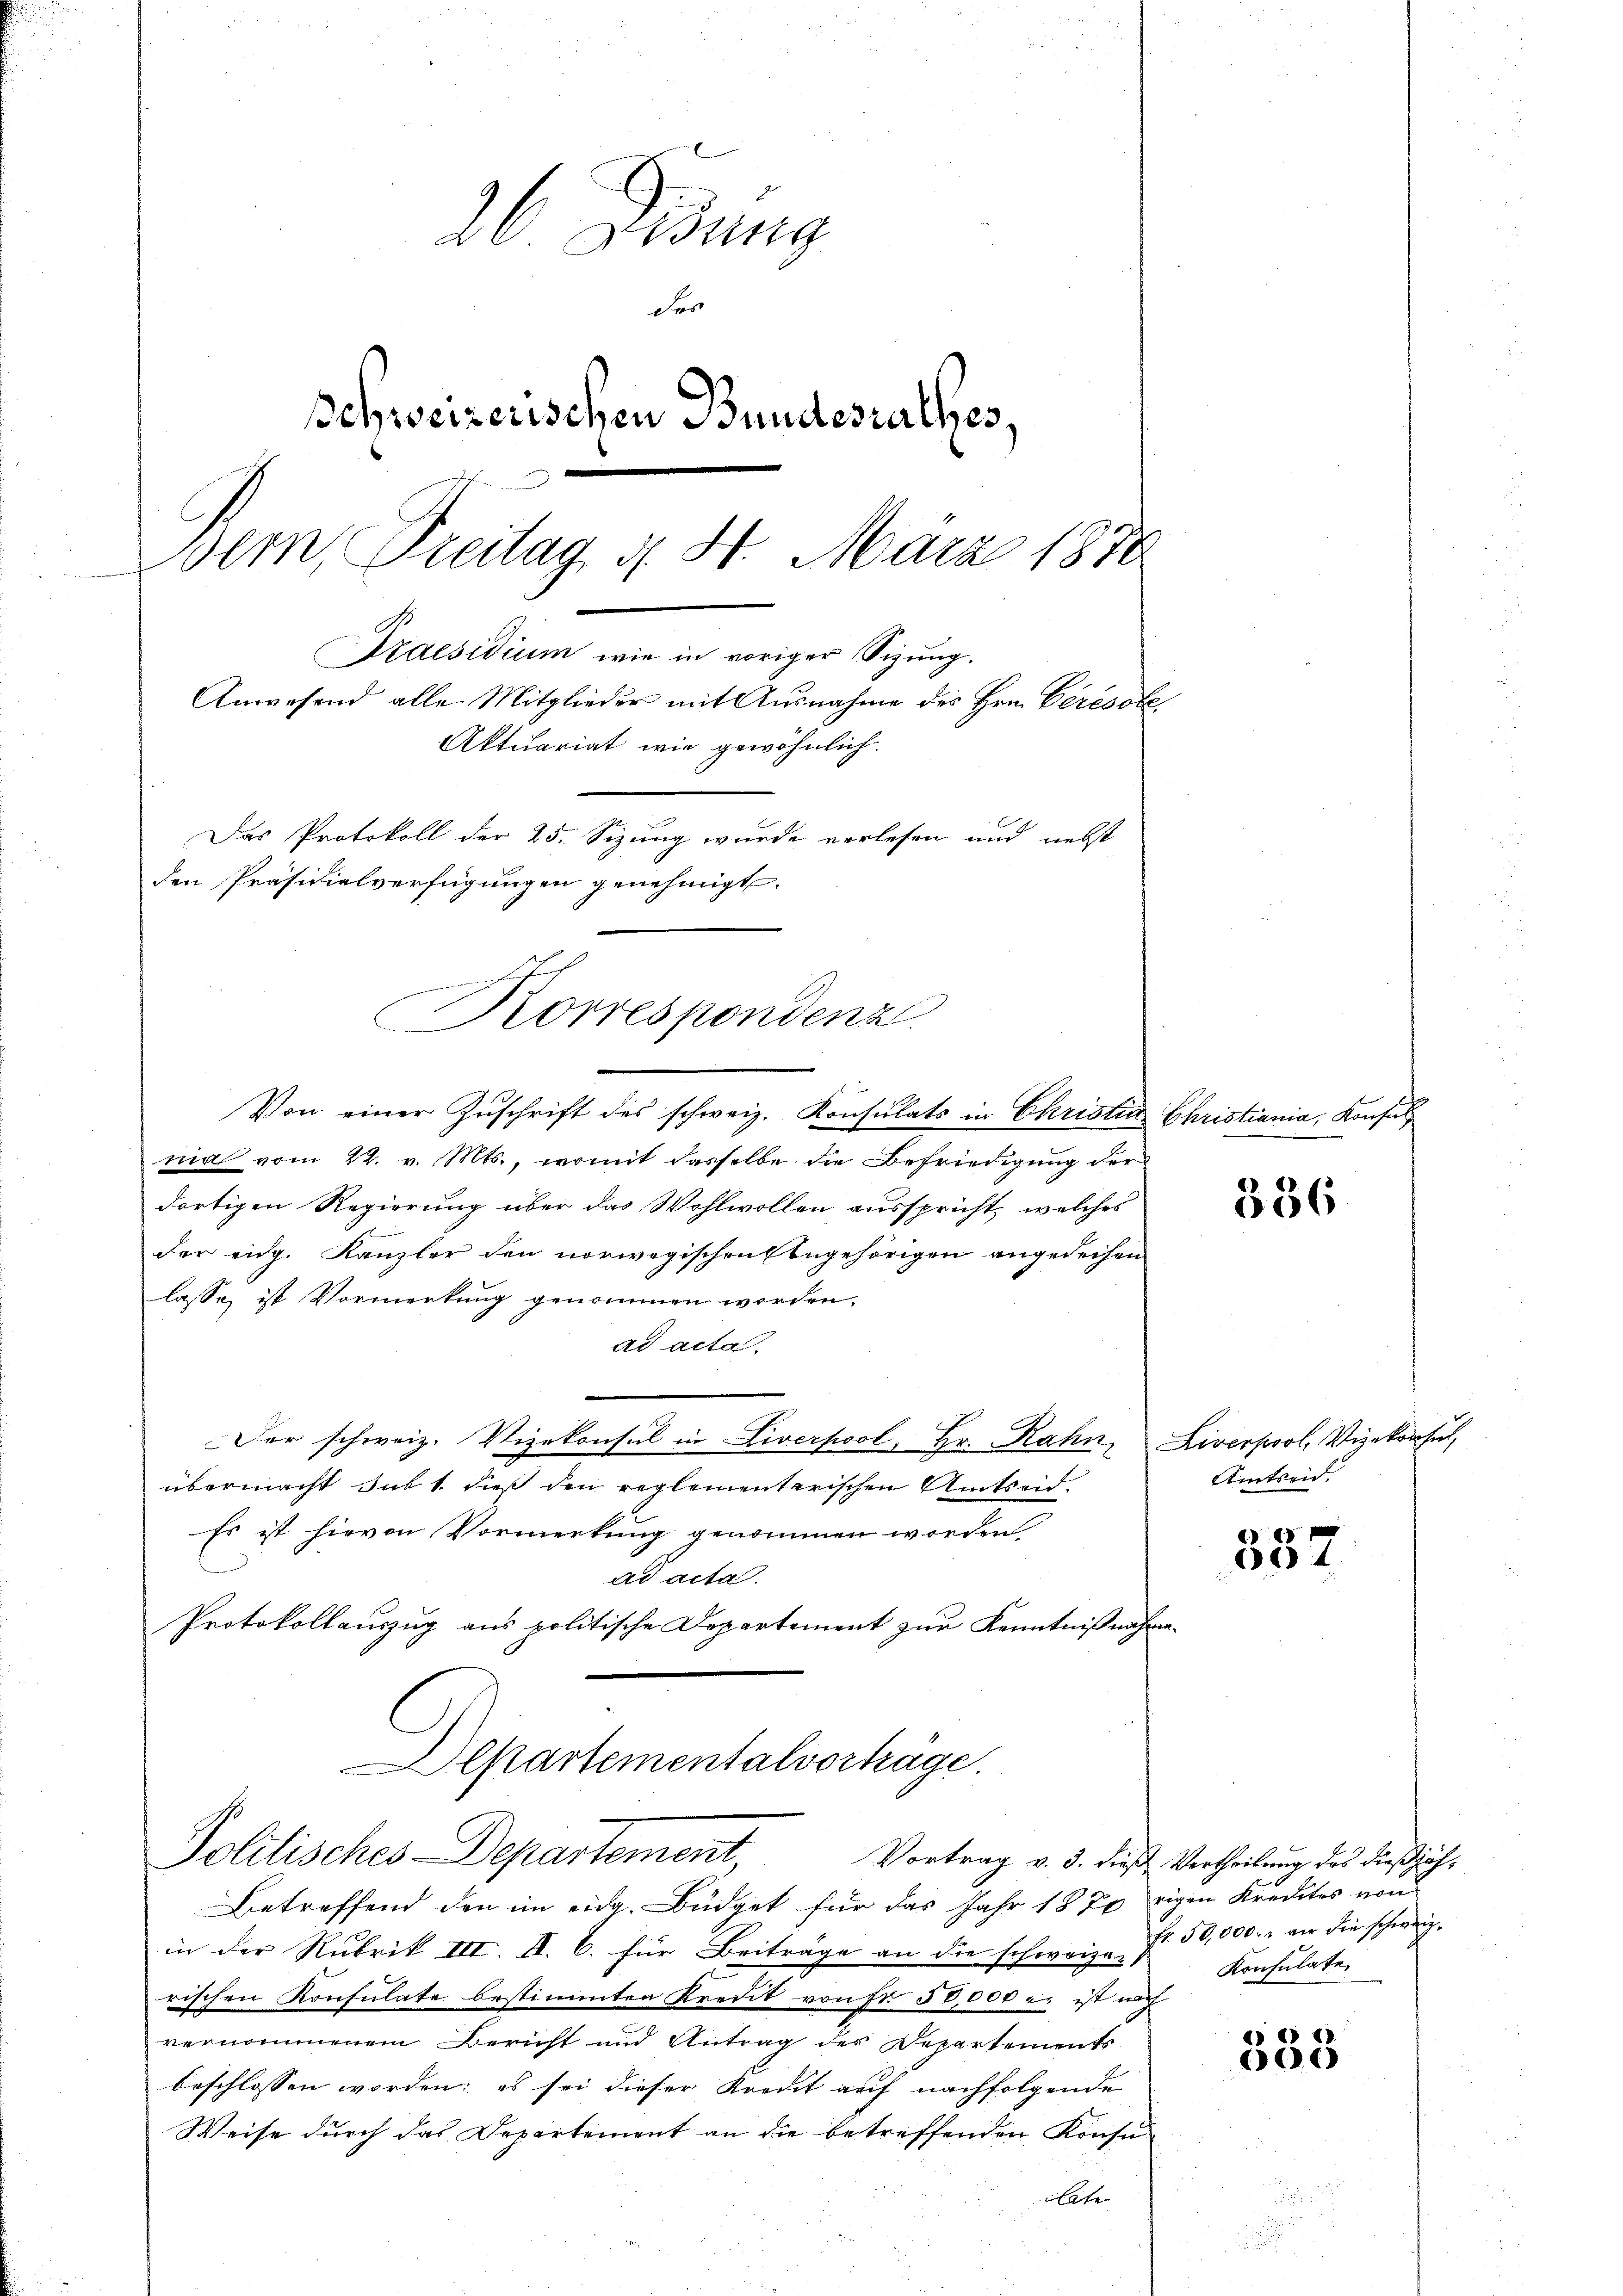
26 Eidung
Fer
Schweizerischen Bundesrathes,
Bern, Freitag d. 8. März 1870
G.
Praesidium wie in voriger Sizung.
Anwesend alle Mitglieder mit Ausnahme des Hrn. Ceresole
Aktuariat wie gewöhnlich.
Das Protokoll der 25. Sizung wurde verlesen und nebst
den Präsidialverfügungen genehmigt.

n
Korrespondenz

Von einer Zuschrift des schweiz. Konsulats in Christia
nia vom 22. v. Mts., womit dasselbe die Befriedigung der
dortigen Regierung über das Wohlwollen ausspricht, welches
der eidg. Kanzler den norwegischen Angehörigen angedeihen
lasse, ist Vormerkung genommen worden.
ad acta.
Der schweiz. Vizekonsul in Liverpool, Hr. Rahn, Liverpool, Vizekonsul,
übermacht sub 1. dieß den reglementarischen Amtseid.
Es ist hievon Vormerkung genommen worden
ad acta.
Protokollauszug aus politische Departement zur Kenntnißnahme¬

Departementalvorträge.
Politisches-Departement,

Betreffend den im eidg. Büdget für das Jahr 1870 eigen Kredites von
in der Rubrik III. II. B. für Beiträge an die schweize Nr. 50,000. an die schweiz.
rischen Konsulate bestimmten Kredit von Fr. 50,000 er ist nach
vernommenem Bericht und Antrag der Departements
beschlossen worden; es sei dieser Kredit auf nachfolgende
Weise durch das Departement an die betreffenden Konsu-
late

Christiania, Konsul

336

Amtseid.

e
34

Vortrag v. 3. dieß Vertheilung des dießjäh¬
Konsulate.

333